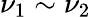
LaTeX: \nu_{1}\sim\nu_{2}